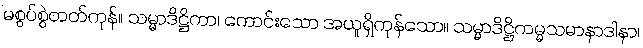
မစွပ်စွဲတတ်ကုန်။ သမ္မာဒိဋ္ဌိကာ၊ ကောင်းသော အယူရှိကုန်သော။ သမ္မာဒိဋ္ဌိကမ္မသမာနာဒါနာ၊